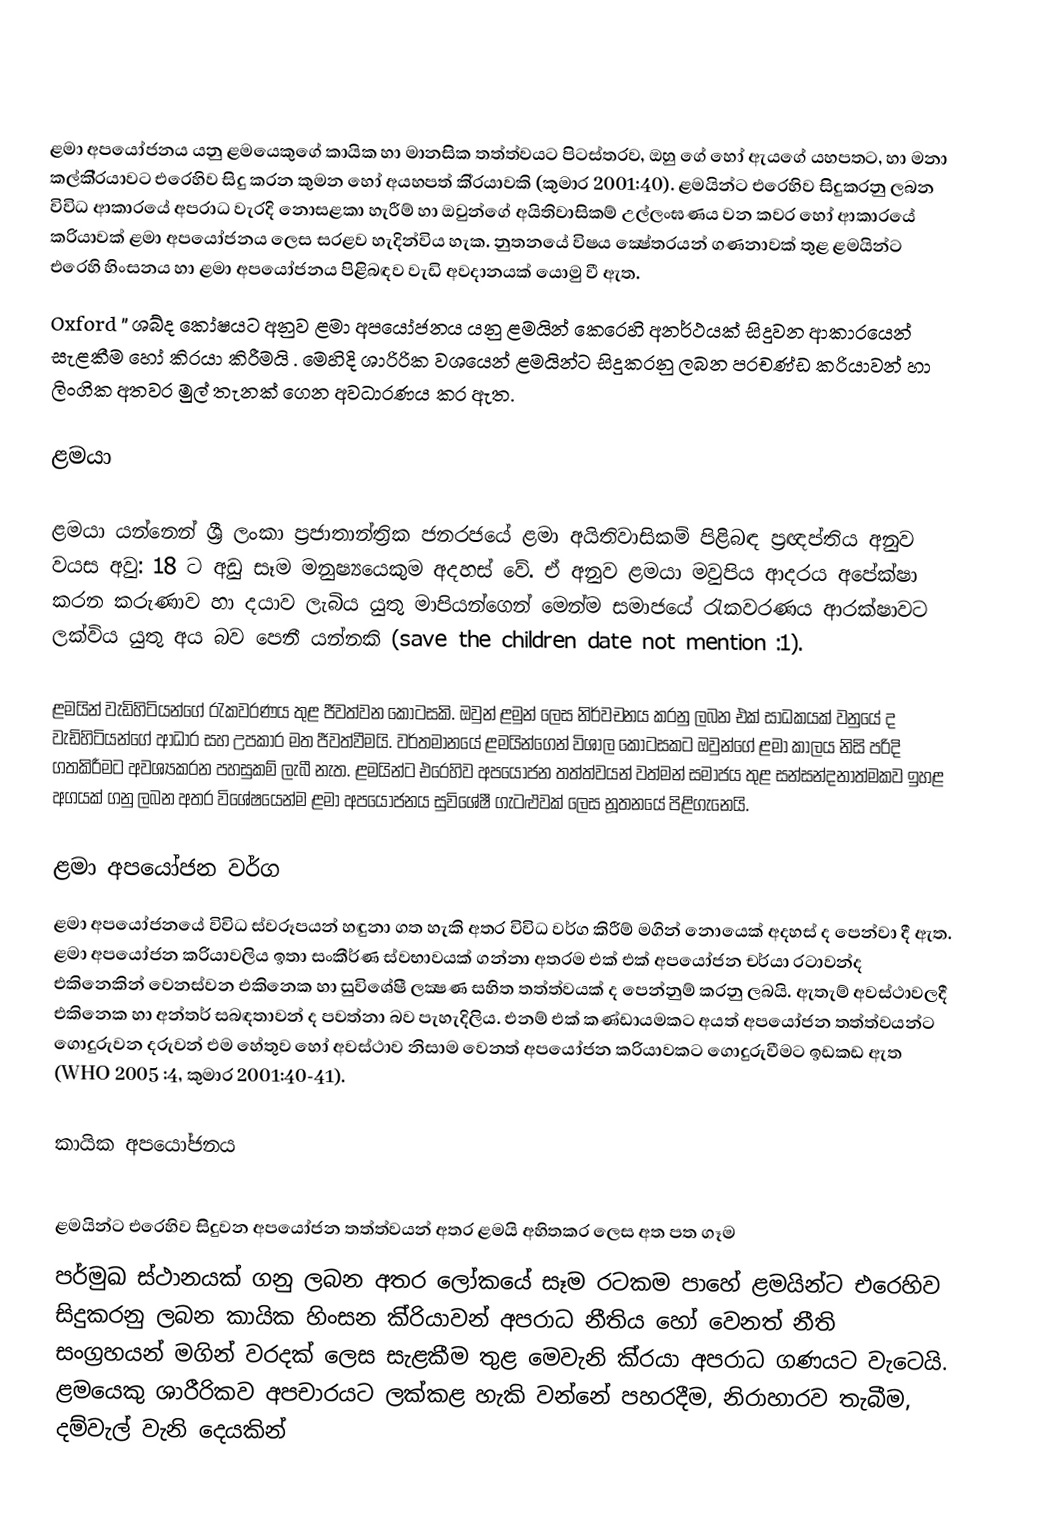
‍

ළමා අපයෝජනය යනු ළමයෙකුගේ කායික හා මානසික තත්ත්වයට පිටස්තරව, ඔහු ගේ හෝ ඇයගේ යහපතට, හා මනා කල්කි‍්‍රයාවට එරෙහිව සිදු කරන කුමන හෝ අයහපත් කි‍්‍රයාවකි (කුමාර 2001:40). ළමයින්ට එරෙහිව සිදුකරනු ලබන විවිධ ආකාරයේ අපරාධ වැරදි නොසළකා හැරීම් හා ඔවුන්ගේ අයිතිවාසිකම් උල්ලංඝණය වන කවර හෝ ආකාරයේ ක‍්‍රියාවක් ළමා අපයෝජනය ලෙස සරළව හැදින්විය හැක. නුතනයේ විෂය ක්‍ෂෙ‍්ත‍්‍රයන් ගණනාවක් තුළ ළමයින්ට එරෙහි හිංසනය හා ළමා අපයෝජනය පිළිබඳව වැඩි අවදානයක් යොමු වී ඇත.
Oxford ‍” ශබ්ද කෝෂයට අනුව ළමා අපයෝජනය  යනු ළමයින් කෙරෙහි අනර්ථයක් සිදුවන ආකාරයෙන් සැළකීම හෝ කි‍්‍රයා කිරීමයි . මෙහිදි ශාරිරික වශයෙන් ළමයින්ට සිදුකරනු ලබන ප‍්‍රචණ්ඩ ක‍්‍රියාවන් හා ලිංගික අතවර මුල් තැනක් ගෙන අවධාරණය කර ඇත.

ළමයා

ළමයා යන්නෙන් ශ‍්‍රී ලංකා ප‍්‍රජාතාන්ත‍්‍රික ජනරජයේ ළමා අයිතිවාසිකම් පිළිබඳ ප‍්‍රඥප්තිය අනුව වයස අවු: 18 ට අඩු සෑම මනුෂ්‍යයෙකුම අදහස් වේ. ඒ අනුව ළමයා මවුපිය ආදරය අපේක්ෂා කරන කරුණාව  හා දයාව ලැබිය යුතු මාපියන්ගෙන් මෙන්ම සමාජයේ රැකවරණය ආරක්ෂාවට ලක්විය යුතු අය බව පෙනී යන්නකි (save the children date not mention :1).

ළමයින් වැඩිහිටියන්ගේ රැකවරණය තුළ ජීවත්වන කොටසකි. ඔවුන් ළමුන් ලෙස නිර්වචනය කරනු ලබන එක් සාධකයක් වනුයේ ද වැඩිහිටියන්ගේ ආධාර සහ උපකාර මත ජීවත්වීමයි. වර්තමානයේ ළමයින්ගෙන් විශාල කොටසකට ඔවුන්ගේ ළමා කාලය නිසි පරිදි ගතකිරීමට අවශ්‍යකරන පහසුකම් ලැබී නැත. ළමයින්ට එරෙහිව අපයෝජන තත්ත්වයන් වත්මන් සමාජය තුළ සන්සන්දනාත්මකව ඉහළ අගයක් ගනු ලබන අතර විශේෂයෙන්ම ළමා  අපයෝජනය සුවිශේෂී ගැටළුවක් ලෙස නූතනයේ පිළිගැනෙයි.

ළමා අපයෝජන වර්ග
ළමා අපයෝජනයේ  විවිධ ස්වරූපයන් හඳුනා ගත හැකි අතර විවිධ වර්ග කිරීම් මගින් නොයෙක් අදහස් ද පෙන්වා දී ඇත. ළමා අපයෝජන ක‍්‍රියාවලිය ඉතා සංකීර්ණ ස්වභාවයක් ගන්නා අතරම එක් එක් අපයෝජන චර්යා රටාවන්ද එකිනෙකින් වෙනස්වන එකිනෙක හා සුවිශේෂී ලක්‍ෂණ සහිත තත්ත්වයක් ද පෙන්නුම් කරනු ලබයි. ඇතැම් අවස්ථාවලදී එකිනෙක හා අන්තර් සබඳතාවන් ද පවත්නා බව පැහැදිලිය. එනම් එක් කණ්ඩායමකට අයත් අපයෝජන තත්ත්වයන්ට ගොදුරුවන දරුවන් එම හේතුව හෝ අවස්ථාව නිසාම වෙනත් අපයෝජන ක‍්‍රියාවකට ගොදුරුවීමට ඉඩකඩ ඇත (WHO 2005 :4, කුමාර 2001:40-41).

කායික අපයෝජනය
‍
ළමයින්ට එරෙහිව සිදුවන අපයෝජන තත්ත්වයන් අතර ළමයි අහිතකර ලෙස අත පත ගෑම
පර්මුඛ ස්ථානයක් ගනු ලබන අතර ලෝකයේ සෑම රටකම පාහේ ළමයින්ට එරෙහිව සිදුකරනු ලබන කායික හිංසන කි‍්‍රියාවන් අපරාධ නීතිය හෝ වෙනත් නීති සංග‍්‍රහයන් මගින් වරදක් ලෙස සැළකීම තුළ මෙවැනි කි‍්‍රයා අපරාධ ගණයට වැටෙයි. ළමයෙකු ශාරීරිකව අපචාරයට  ලක්කළ හැකි  වන්නේ පහරදීම, නිරාහාරව තැබීම, දම්වැල් වැනි දෙයකින්